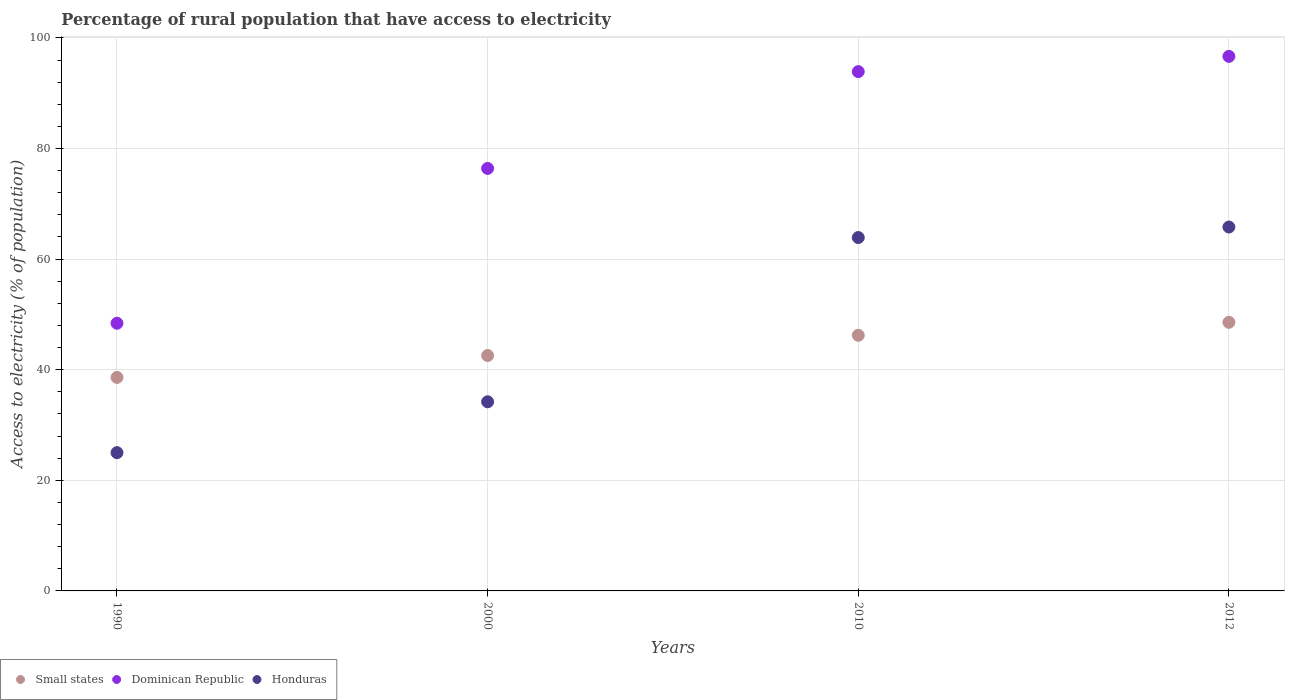
| Years | Small states | Dominican Republic | Honduras |
 | --- | --- | --- | --- |
 | 1990 | 38.6 | 48.4 | 25 |
 | 2000 | 42.6 | 76.4 | 34.2 |
 | 2010 | 46.2 | 93.9 | 63.9 |
 | 2012 | 48.6 | 96.7 | 65.8 |